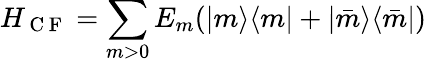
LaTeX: H_{\mathrm{~C~F~}}=\sum_{m>0}E_{m}(|m\rangle\langle m|+|\bar{m}\rangle\langle\bar{m}|)